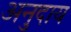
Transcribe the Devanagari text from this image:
अनुदाय